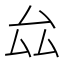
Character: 厽